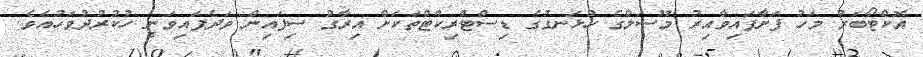
އޮކްޓޯބަރު މަހު ފަށާފައިވާއިރު މޫސަލްގެ ހުޅަނގުގެ ޑިސްޓްރިކްޓްތަކަށް އިރާގު ސިފައިން ވަދެފައިވަނީ ހުކުރުދުވަހުއެވެ.